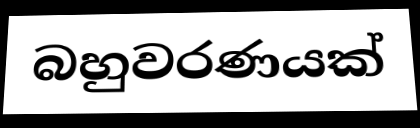
බහුවරණයක්